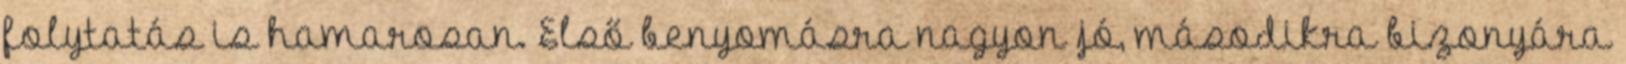
folytatás is hamarosan. Első benyomásra nagyon jó, másodikra bizonyára